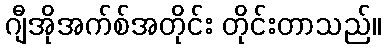
ဂျီအိုအက်စ်အတိုင်း တိုင်းတာသည်။